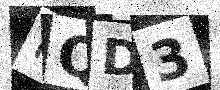
Text: FQD3